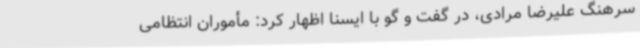
سرهنگ علیرضا مرادی، در گفت و گو با ایسنا اظهار کرد: مأموران انتظامی